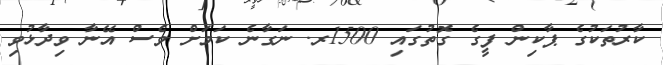
ކާރުތަކުގެ ޕާކިން ފީގެ ގޮތުގައި 1500ރ. ނަގާނެ ކަމަށް ވެސް އޭނާ ވިދާޅުވި